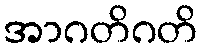
အာဂတိဂတိ